NAE_eestikeelseid_kaarte, lk 1
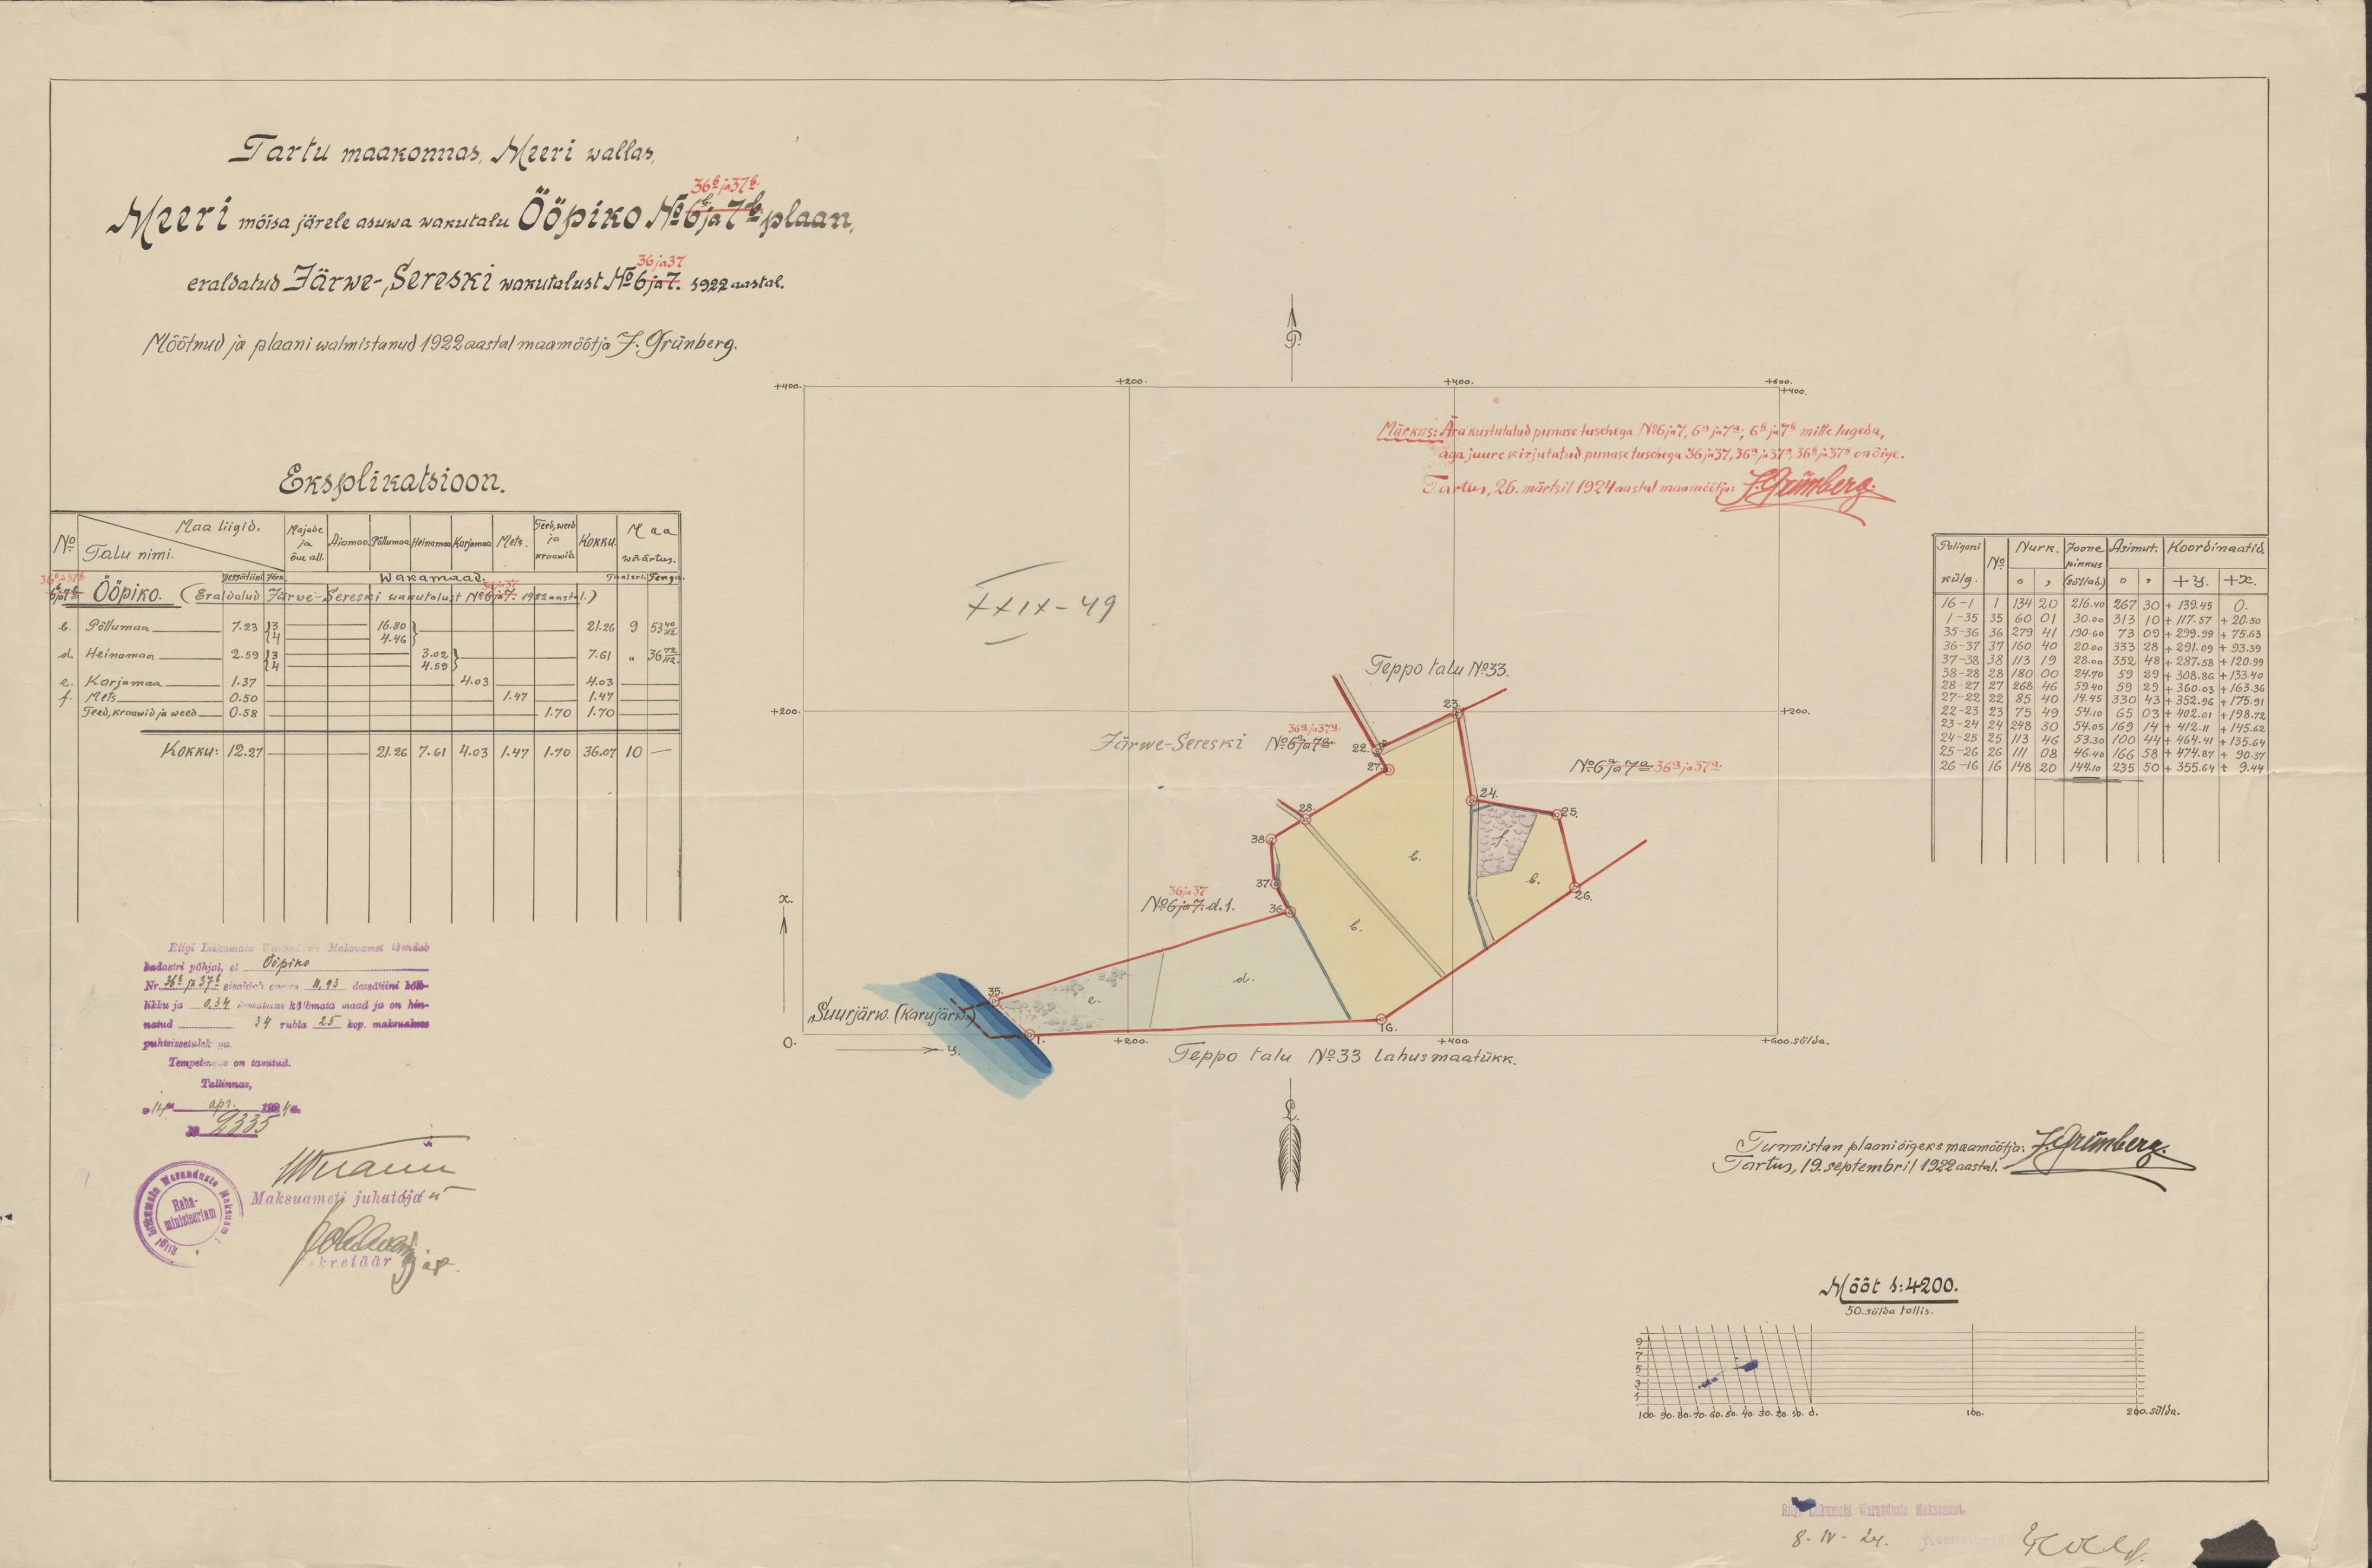
Tartu maakonnas Meeri wallas,
36b ja 37a
Meeri mõisa järele asuwa wakutalu Ööpiko No: 6b ja 7b plaan,
eraldatud Järwe-,Sereski wakutalust No: 6 ja 7.  1922 aastal.
Mõõtnud ja plaani walmistanud 1922 aastal maamõõtja J. Grünberg.
Eksplikatsioon.
Maa liigid.
Maa
No:
Talu nimi.
wäärtus.
wakamaad
Ööpiko. (Eraldatud Järwe-Sereski wakutalust No: 6 ja 7. 1922 aastal.
Põllumaa
Heinamaa
Karjamaa
Mets
Teed, kraawid ja weed
Riigi Liikumata Waranduste Maksuamet tõendab
kadastri põhjal, et Ööpiko
Nr 36b ja 37b sisaldab osades 11,93 dessätiini kõlb-
likku ja 0,34 dessätiini kõlbmata maad ja on hin-
natud 34 rubla 25 kop. maksualuse
puhtsissetulekuks.
Tempelmaks on tasutud.
Tallinnas,
"14" apr. 1924 a.
Maksuameti juhataja

Märkus: Ära kustutatud punase tuschega No: 6 ja 7, 6b ja 7b mitte lugeda,
aga juure kirjutatud punase tuschega 36 ja 37, 36a ja 37a, 36b ja 37b on õige.
Tartus. 26. märtsil 1924 aastal maamõõtja J.Grünberg.
XXIX-49
Teppo talu No: 33.
Järwe-Sereski
Suurjärw. (Karujärw)
Teppo talu No:33 lahusmaatükk.
Tunnistan plaani õigeks maamõõtja J.Grünberg.
Tartus, 19. septembril 1922 aastal.
Mõõt 1:4200
50. sülda tollis.